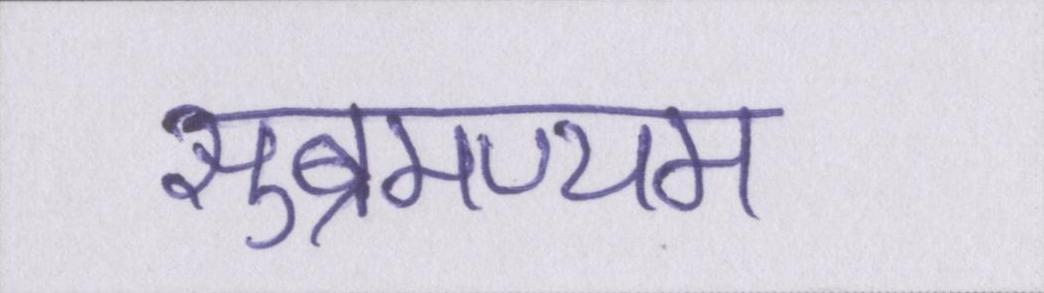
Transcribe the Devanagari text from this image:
सुब्रमण्यम